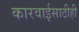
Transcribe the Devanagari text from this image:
कारवाईसाठीही